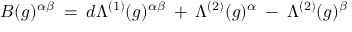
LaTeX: B ( g ) ^ { \alpha \beta } \: = \: d \Lambda ^ { ( 1 ) } ( g ) ^ { \alpha \beta } \: + \: \Lambda ^ { ( 2 ) } ( g ) ^ { \alpha } \: - \: \Lambda ^ { ( 2 ) } ( g ) ^ { \beta }